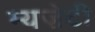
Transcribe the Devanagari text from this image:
म्यज़ेटी